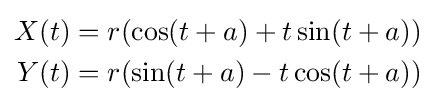
{\begin{aligned}X(t)&=r(\cos(t+a)+t\sin(t+a))\\Y(t)&=r(\sin(t+a)-t\cos(t+a))\end{aligned}}